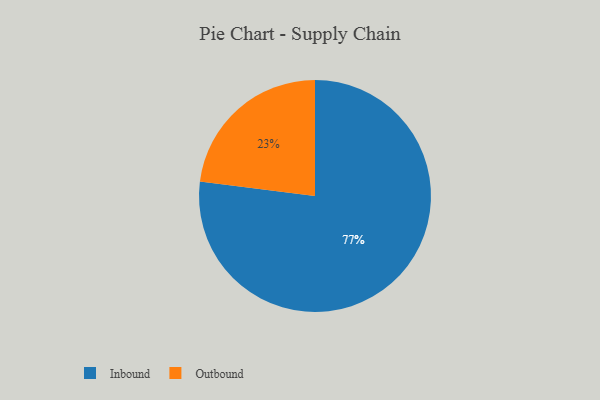
{"axis": {"x": "Category", "y": "Percentage"}, "legend": ["Inbound", "Outbound"], "data": [{"x": "Outbound", "y": 23, "type": "Outbound"}, {"x": "Inbound", "y": 77, "type": "Inbound"}]}